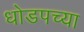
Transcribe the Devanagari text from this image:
धोडपच्या